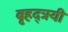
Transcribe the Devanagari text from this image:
बृहद्त्रयी